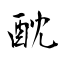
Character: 酖